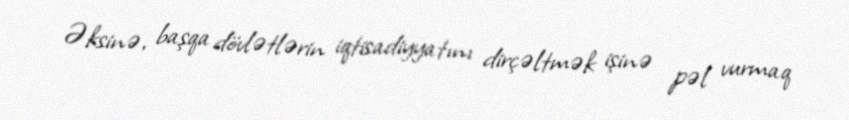
Əksinə, başqa dövlətlərin iqtisadiyyatını dirçəltmək işinə pəl vurmaq